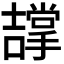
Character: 𭋵